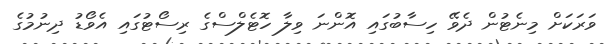
ވަރަކަށް މިނެޓުން ދެވޭ ހިސާބުގައި އޮންނަ ވިލާ ހޮޓެލްސްގެ ރިސޯޓުގައި އެވޯޑު ދިނުމުގެ